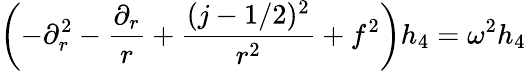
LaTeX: \left(-\partial_{r}^{2}-{\frac{\partial_{r}}{r}}+{\frac{(j-1/2)^{2}}{r^{2}}}+f^{2}\right)h_{4}=\omega^{2}h_{4}